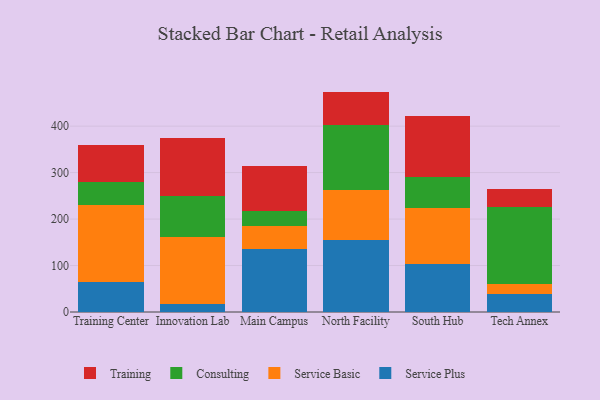
{"axis": {"x": "Campus", "y": "Budget (USD K)"}, "legend": ["Consulting", "Service Basic", "Service Plus", "Training"], "data": [{"x": "Training Center", "y": 63.9, "type": "Service Plus"}, {"x": "Training Center", "y": 166.1, "type": "Service Basic"}, {"x": "Training Center", "y": 49.6, "type": "Consulting"}, {"x": "Training Center", "y": 80.2, "type": "Training"}, {"x": "Innovation Lab", "y": 17.5, "type": "Service Plus"}, {"x": "Innovation Lab", "y": 143.1, "type": "Service Basic"}, {"x": "Innovation Lab", "y": 89.6, "type": "Consulting"}, {"x": "Innovation Lab", "y": 125.1, "type": "Training"}, {"x": "Main Campus", "y": 135.5, "type": "Service Plus"}, {"x": "Main Campus", "y": 50.0, "type": "Service Basic"}, {"x": "Main Campus", "y": 32.6, "type": "Consulting"}, {"x": "Main Campus", "y": 97.1, "type": "Training"}, {"x": "North Facility", "y": 155.9, "type": "Service Plus"}, {"x": "North Facility", "y": 105.7, "type": "Service Basic"}, {"x": "North Facility", "y": 140.6, "type": "Consulting"}, {"x": "North Facility", "y": 72.1, "type": "Training"}, {"x": "South Hub", "y": 102.9, "type": "Service Plus"}, {"x": "South Hub", "y": 121.3, "type": "Service Basic"}, {"x": "South Hub", "y": 66.8, "type": "Consulting"}, {"x": "South Hub", "y": 131.3, "type": "Training"}, {"x": "Tech Annex", "y": 38.3, "type": "Service Plus"}, {"x": "Tech Annex", "y": 22.2, "type": "Service Basic"}, {"x": "Tech Annex", "y": 166.4, "type": "Consulting"}, {"x": "Tech Annex", "y": 37.3, "type": "Training"}]}